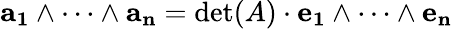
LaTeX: \mathbf{a_{1}}\wedge\dots\wedge\mathbf{a_{n}}=\operatorname*{det}(A)\cdot\mathbf{e_{1}}\wedge\dots\wedge\mathbf{e_{n}}